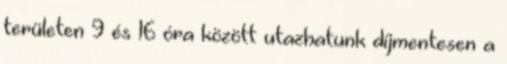
területen 9 és 16 óra között utazhatunk díjmentesen a